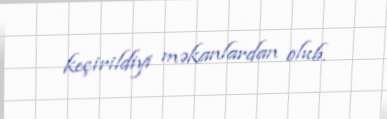
keçirildiyi məkanlardan olub.